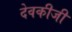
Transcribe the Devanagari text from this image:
देवकीजी